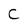
Character: C